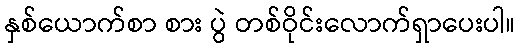
နှစ်ယောက်စာ စား ပွဲ တစ်ဝိုင်းလောက်ရှာပေးပါ။